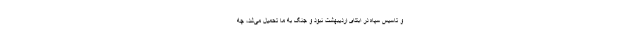
و تاسیس سپاه در ابتدای اردیبهشت نبود و جنگ به ما تحمیل می‌شد،‌ چه